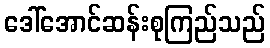
ဒေါ်အောင်ဆန်းစုကြည်သည်